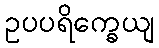
ဥပပရိက္ခေယျ